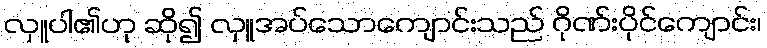
လှူပါ၏ဟု ဆို၍ လှူအပ်သောကျောင်းသည် ဂိုဏ်းပိုင်ကျောင်း၊